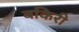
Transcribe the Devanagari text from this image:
बकिरी